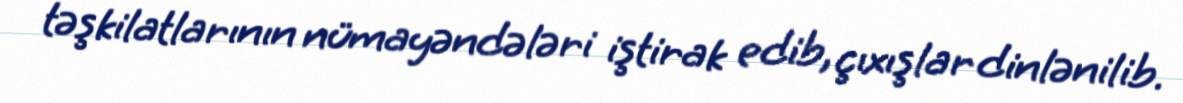
təşkilatlarının nümayəndələri iştirak edib, çıxışlar dinlənilib.